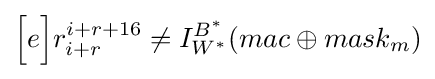
{\Bigl [}e{\Big ]}r_{i+r}^{i+r+16}\neq I_{W^{\ast }}^{B^{\ast }}(mac\oplus mask_{m})